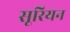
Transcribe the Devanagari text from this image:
सूरियन